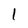
Character: 1